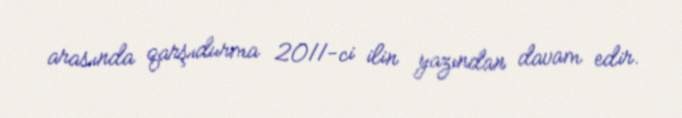
arasında qarşıdurma 2011-ci ilin yazından davam edir.